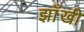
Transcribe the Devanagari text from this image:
झाँखी